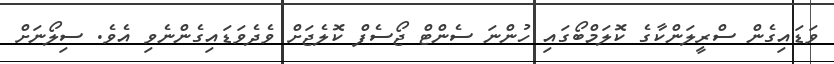
ވަޑައިގެން ސްރީލަންކާގެ ކޮލަމްބޯގައި ހުންނަ ސެންޓް ޖޯސެފް ކޮލެޖަށް ވެދެވަޑައިގެންނެވި އެވެ. ސިލޯނަށް